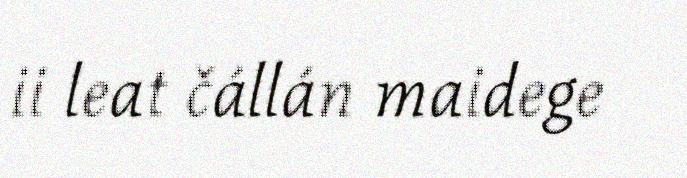
ii leat čállán maidege